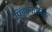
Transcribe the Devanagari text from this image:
पिंडकांतरिक